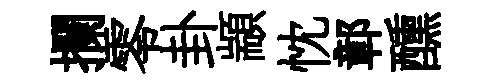
攔零卦顓忱鄣醺